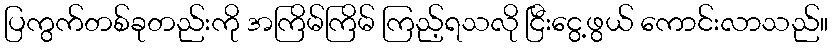
ပြကွက်တစ်ခုတည်းကို အကြိမ်ကြိမ် ကြည့်ရသလို ငြီးငွေ့ဖွယ် ကောင်းလာသည်။